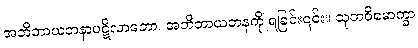
အဘိဘာယတနာပဋိလာဘော၊ အဘိဘာယတနကို ရခြင်း၎င်း။ သုဘဝိမောက္ခာ